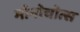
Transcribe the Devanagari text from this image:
मोनोचोत्स